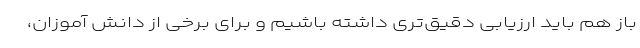
باز هم باید ارزیابی دقیق‌تری داشته باشیم و برای برخی از دانش آموزان،